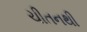
ચીતનથી